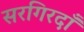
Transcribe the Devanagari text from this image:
सरगिरदाँ